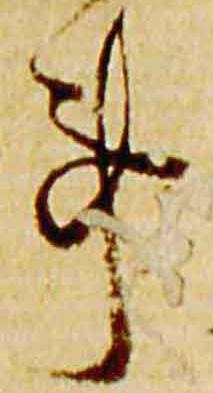
事